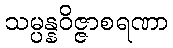
သမ္ပန္နဝိဇ္ဇာစရဏာ